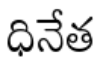
ధినేత